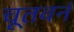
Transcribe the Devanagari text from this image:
चूतवनं